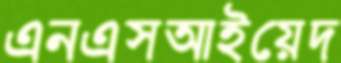
এনএসআইয়েদ